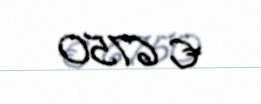
€ 6750